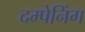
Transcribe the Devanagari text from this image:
दम्पेनिंग